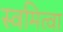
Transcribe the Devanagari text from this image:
स्वमित्वा